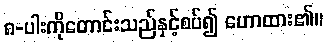
၈-ပါးကိုတောင်းသည်နှင့်စပ်၍ ဟောထား၏။